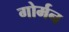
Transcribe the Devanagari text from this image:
गोर्मन